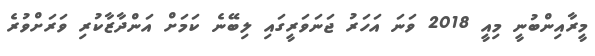
މީރާއިންބުނީ މިއީ 2018 ވަނަ އަހަރު ޖަނަވަރީގައި ލިބޭނެ ކަމަށް އަންދާޒާކުރި ވަރަށްވުރެ